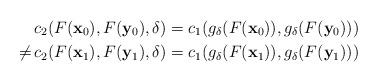
LaTeX: \begin{align*} & c_2(F(\mathbf{x}_0),F(\mathbf{y}_0),\delta)=c_1(g_\delta(F(\mathbf{x}_0)),g_\delta(F(\mathbf{y}_0))) \\ \neq\, & c_2(F(\mathbf{x}_1),F(\mathbf{y}_1),\delta)=c_1(g_\delta(F(\mathbf{x}_1)),g_\delta(F(\mathbf{y}_1)))\end{align*}